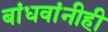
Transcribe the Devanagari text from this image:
बांधवांनीही